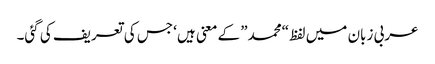
عربی زبان میں لفظ “محمد” کے معنی ہیں ‘جس کی تعریف کی گئی۔